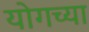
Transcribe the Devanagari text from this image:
योगच्या